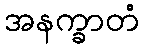
အနက္ခာတံ